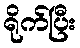
ရိုက်ပြီး